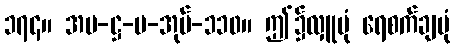
၁၇၄။ အပ-ဋ္ဌ-ပ-အုပ်-၁၁၀။ ဤ၌လှူပုံ ရေစက်ချပုံ